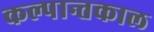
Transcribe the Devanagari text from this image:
कल्पान्तकाल